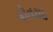
કોતરાઇ